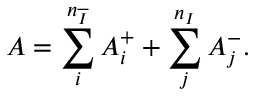
A = \sum _ { i } ^ { n _ { \overline { { { I } } } } } A _ { i } ^ { + } + \sum _ { j } ^ { n _ { I } } A _ { j } ^ { - } .